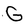
Character: G